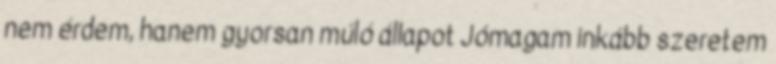
nem érdem, hanem gyorsan múló állapot Jómagam inkább szeretem